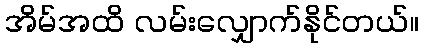
အိမ်အထိ လမ်းလျှောက်နိုင်တယ်။